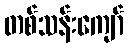
တစ်သန်းကျော်